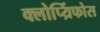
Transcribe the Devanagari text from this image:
क्लोर्प्य्रिफोस